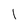
Character: 1